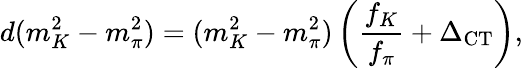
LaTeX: d(m_{K}^{2}-m_{\pi}^{2})=(m_{K}^{2}-m_{\pi}^{2})\left(\frac{f_{K}}{f_{\pi}}+\Delta_{\mathrm{CT}}\right),